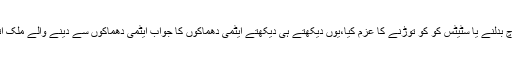
بالآخر جب محمد نواز شریف وزیراعظم پاکستان بنے تو اُنہوں نے روایتی سوچ بدلنے یا سٹیٹس کو کو توڑنے کا عزم کیا،یوں دیکھتے ہی دیکھتے ایٹمی دھماکوں کا جواب ایٹمی دھماکوں سے دینے والے ملک اتنا قریب آگئے کہ اختلافات کی تمام دیواریں ایک ایک کرکے گرتی چلی گئیں۔